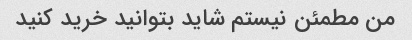
من مطمئن نیستم شاید بتوانید خرید کنید